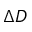
\Delta D